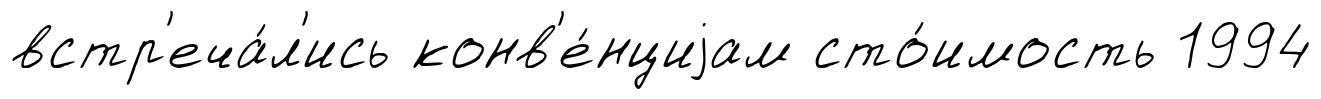
встр'еча́л'ись конв'е́нциjам сто́имость 1994